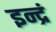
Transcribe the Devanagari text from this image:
इन्द्रं